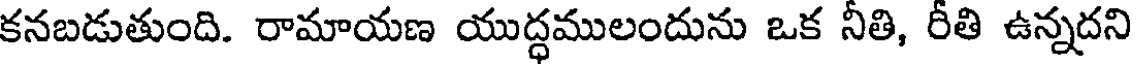
కనబడుతుంది. రామాయణ యుద్ధములందును ఒక నీతి, రీతి ఉన్నదని